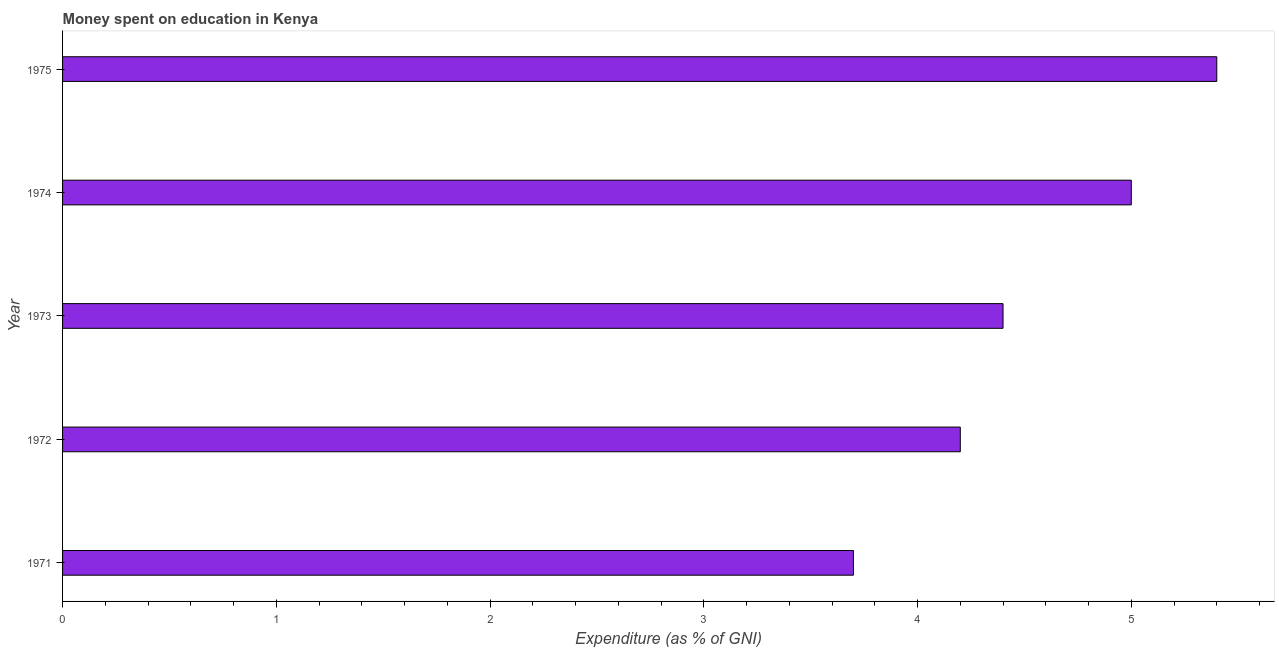
| Year | Education expenditure |
 | --- | --- |
 | 1971 | 3.7 |
 | 1972 | 4.2 |
 | 1973 | 4.4 |
 | 1974 | 5 |
 | 1975 | 5.4 |